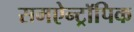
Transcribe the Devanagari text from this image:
समऐन्ट्रॉपिक